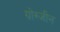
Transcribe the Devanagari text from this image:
ग्रोस्जीन